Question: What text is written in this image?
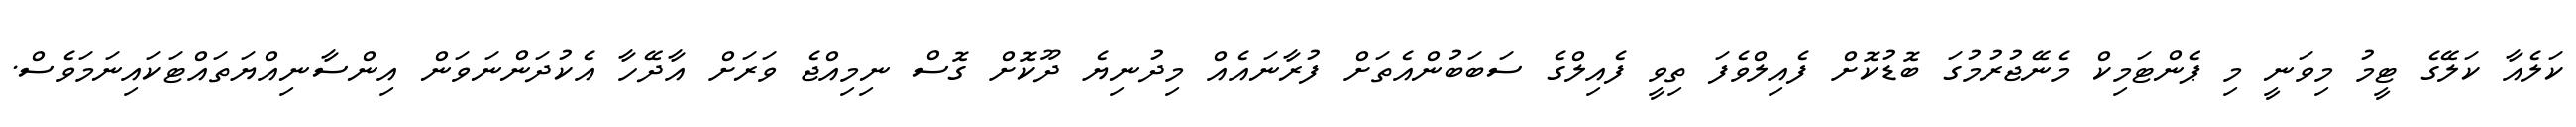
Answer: ކަލެއާ ކަލޭގެ ޓީމު މިވަނީ މި ޕެންޓަމިކް މެނޭޖުރުމުގަ ބޮޑުކޮށް ފެއިލްވެފަ ތިވީ ފެއިލްގެ ސަބަބުންއެތަށް ފުރާނައެއް މިދުނިޔެ ދޫކޮށް ގޮސް ނިމިއްޖެ ވަރަށް އާދޭހާ އެކުދަންނަވަން އިންސާނިއްޔަތައްޓަކައިނަމަވެސް.